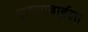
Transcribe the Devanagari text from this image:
कृष्णाबाईला